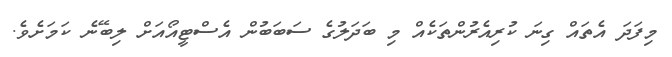
މިފަދަ އެތައް ގިނަ ކުރިއެރުންތަކެއް މި ބަދަލުގެ ސަބަބުން އެސްޓީއޯއަށް ލިބޭނެ ކަމަށެވެ.